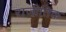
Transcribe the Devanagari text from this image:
राजीतिक